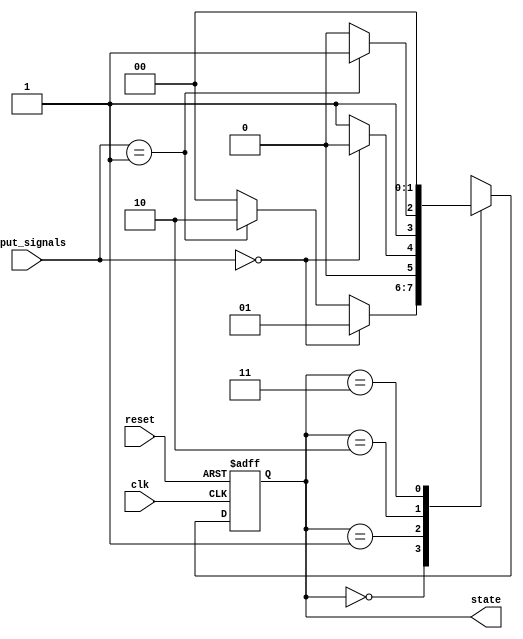
module state_machine(
    input clk,
    input reset,
    input [1:0] input_signals,
    output reg [1:0] state
);

// define states
parameter STATE_A = 2'b00;
parameter STATE_B = 2'b01;
parameter STATE_C = 2'b10;
parameter STATE_D = 2'b11;

// define priorities
parameter PRIORITY_A = 2'b00;
parameter PRIORITY_B = 2'b01;
parameter PRIORITY_C = 2'b10;

// state machine logic
always @(posedge clk or posedge reset) begin
    if (reset) begin
        state <= STATE_A;
    end else begin
        case (state)
            STATE_A: begin
                if (input_signals == PRIORITY_A) begin
                    state <= STATE_B;
                end else if (input_signals == PRIORITY_B) begin
                    state <= STATE_C;
                end else begin
                    state <= STATE_A;
                end
            end
            STATE_B: begin
                if (input_signals == PRIORITY_A) begin
                    state <= STATE_A;
                end else begin
                    state <= STATE_B;
                end
            end
            STATE_C: begin
                if (input_signals == PRIORITY_B) begin
                    state <= STATE_D;
                end else begin
                    state <= STATE_C;
                end
            end
            STATE_D: begin
                state <= STATE_A;
            end
        endcase
    end
end

endmodule